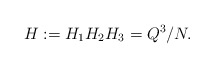
\begin{align*}H:=H_1H_2H_3=Q^3/N.\end{align*}